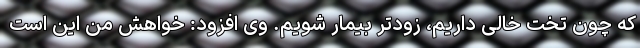
که چون تخت خالی داریم، زودتر بیمار شویم. وی افزود: خواهش من این است